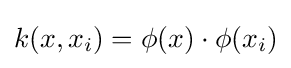
\textstyle k(x,x_{i})=\phi (x)\cdot \phi (x_{i})